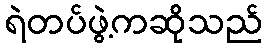
ရဲတပ်ဖွဲ့ကဆိုသည်